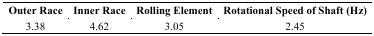
| Outer Race | Inner Race | Rolling Element | Rotational Speed of Shaft (Hz) |
 | --- | --- | --- | --- |
 | 3.38 | 4.62 | 3.05 | 2.45 |